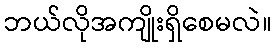
ဘယ်လိုအကျိုးရှိစေမလဲ။